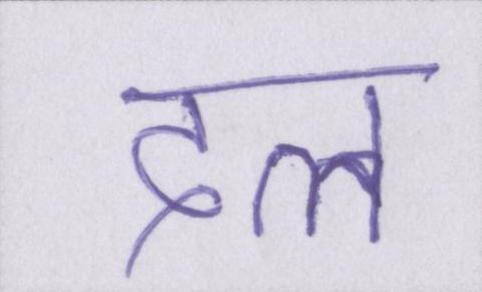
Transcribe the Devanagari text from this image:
दत्त